Problem: 2 × 7 = ?
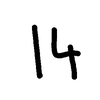
Handwritten answer: 14